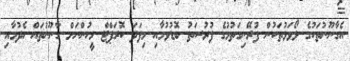
އެގާނޫނުތަކުގެ ލޯވަޅުތަކުން ފުރޭނިގަތުމުގެ ފުރުސަތު ބޮޑުވުމާއި މިފަދަ ކޮރަޕްޓް މީހުންނަށް ގާނޫނުތައް ހެދުމާއި